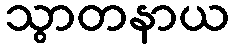
သွာတနာယ